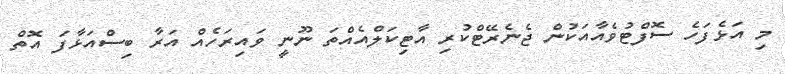
މި އަޅެފަހެ ސޮފްޓުވެއާއަކުން ޖެނެރޭޓްކުރި އާޓިކަލްއެއްތަ ނޫނީ ވައިރަހެއް އަރާ ބިސްއަޅާފަ އޮތް